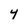
Character: 4